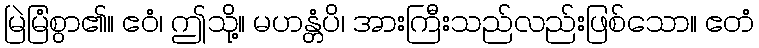
မြဲမြံစွာ၏။ ဧဝံ၊ ဤသို့။ မဟန္တံပိ၊ အားကြီးသည်လည်းဖြစ်သော။ ဧတံ